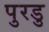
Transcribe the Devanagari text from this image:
पुरडु